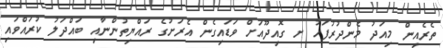
ތެރެއިން މިއަދު މެންދުރުފަހު ށ ގޮއިދޫއަށް ވަޑައިގެން އެރަށުގެ ރައްޔިތުންނާއި ބައްދަލު ކުރައްވައި